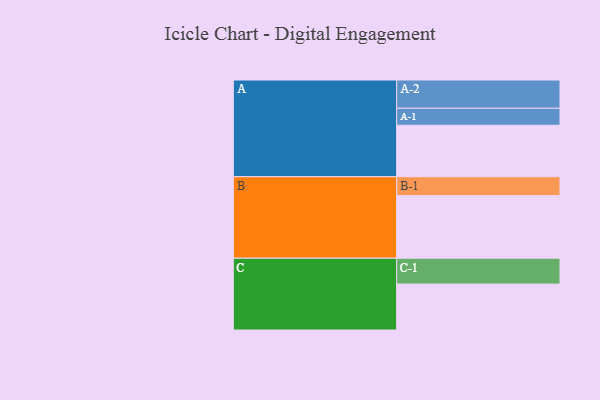
{"axis": {"x": "Segment", "y": "Value"}, "legend": ["", "A", "B", "C"], "data": [{"x": "A", "y": 450, "type": ""}, {"x": "B", "y": 548, "type": ""}, {"x": "C", "y": 402, "type": ""}, {"x": "A-1", "y": 149, "type": "A"}, {"x": "A-2", "y": 247, "type": "A"}, {"x": "B-1", "y": 165, "type": "B"}, {"x": "C-1", "y": 226, "type": "C"}]}